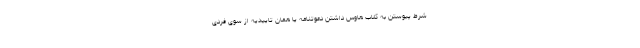
شرط پیوستن به کلاب هاوس داشتن دعوتنامه یا همان تاییدیه از سوی فردی